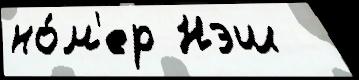
но́м'ер Нэш